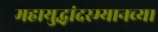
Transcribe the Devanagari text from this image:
महायुद्धांदरम्यानच्या